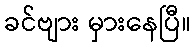
ခင်ဗျား မှားနေပြီ။